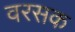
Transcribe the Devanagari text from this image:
वरसक